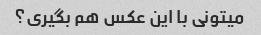
میتونی با این عکس هم بگیری؟